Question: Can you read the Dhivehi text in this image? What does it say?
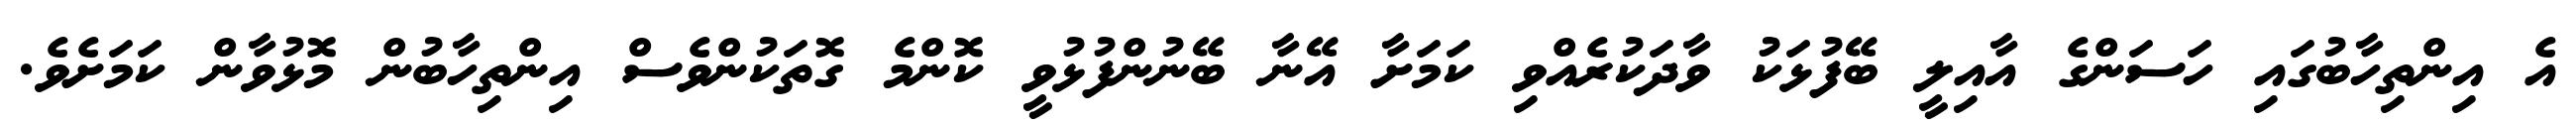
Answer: އެ އިންތިހާބުގައި ހަސަންގެ އާއިލީ ބޭފުޅަކު ވާދަކުރެއްވި ކަމަށާ އޭނާ ބޭނުންފުޅުވީ ކޮންމެ ގޮތަކުންވެސް އިންތިހާބުން މޮޅުވާން ކަމަށެވެ.